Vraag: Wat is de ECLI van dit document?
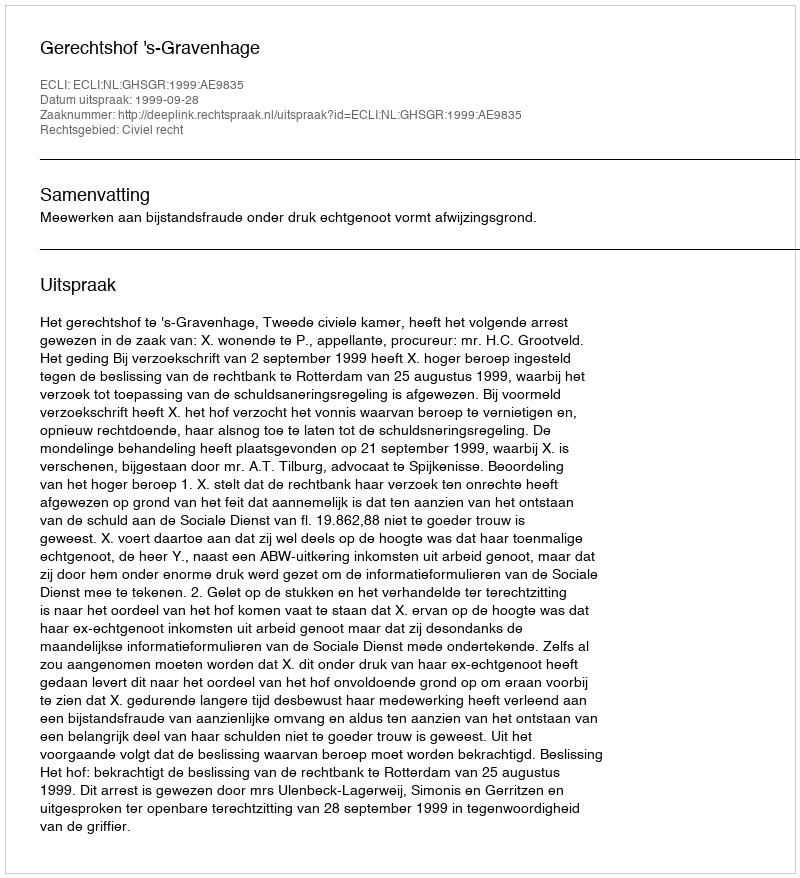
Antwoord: ECLI:NL:GHSGR:1999:AE9835